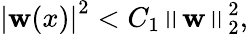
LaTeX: \left|\mathbf{w}(x)\right|^{2}<C_{1}\left\| \mathbf{w}\right\| _{2}^{2},